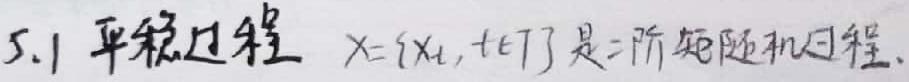
5.1 平稳过程 $X = \{X_t, t \in T\}$ 是二阶矩随机过程.